Insane asylums in Bengal annual reports 1876-1887 - 1876-1887
Year: 1876
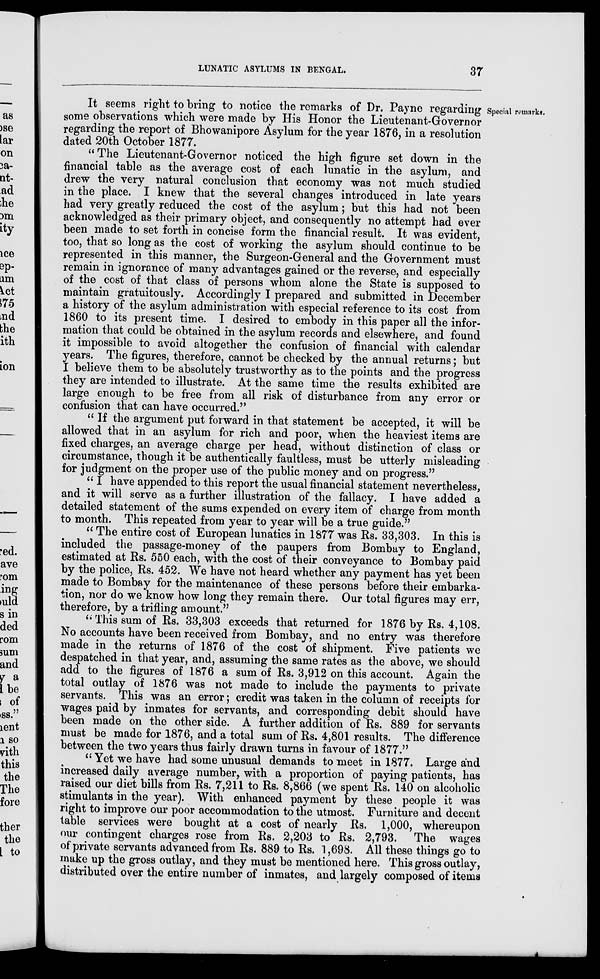
LUNATIC ASYLUMS IN BENGAL.
37
Special remarks.
It seems right to bring to notice the remarks of Dr. Payne regarding
some observations which were made by His Honor the Lieutenant-Governor
regarding the report of Bhowanipore Asylum for the year 1876, in a resolution
dated 20th October 1877.
" The Lieutenant-Governor noticed the high figure set down in the
financial table as the average cost of each lunatic in the asylum, and
drew the very natural conclusion that economy was not much studied
in the place. I knew that the several changes introduced in late years
had very greatly reduced the cost of the asylum; but this had not been
acknowledged as their primary object, and consequently no attempt had ever
been made to set forth in concise form the financial result. It was evident,
too, that so long as the cost of working the asylum should continue to be
represented in this manner, the Surgeon-General and the Government must
remain in ignorance of many advantages gained or the reverse, and especially
of the cost of that class of persons whom alone the State is supposed to
maintain gratuitously. Accordingly I prepared and submitted in December
a history of the asylum administration with especial reference to its cost from
1860 to its present time. I desired to embody in this paper all the infor-
mation that could be obtained in the asylum records and elsewhere, and found
it impossible to avoid altogether the confusion of financial with calendar
years. The figures, therefore, cannot be checked by the annual returns; but
I believe them to be absolutely trustworthy as to the points and the progress
they are intended to illustrate. At the same time the results exhibited are
large enough to be free from all risk of disturbance from any error or
confusion that can have occurred."
"If the argument put forward in that statement be accepted, it will be
allowed that in an asylum for rich and poor, when the heaviest items are
fixed charges, an average charge per head, without distinction of class or
circumstance, though it be authentically faultless, must be utterly misleading
for judgment on the proper use of the public money and on progress."
" I have appended to this report the usual financial statement nevertheless,
and it will serve as a further illustration of the fallacy. I have added a
detailed statement of the sums expended on every item of charge from month
to month. This repeated from year to year will be a true guide."
" The entire cost of European lunatics in 1877 was Rs. 33,303. In this is
included the passage-money of the paupers from Bombay to England,
estimated at Rs. 550 each, with the cost of their conveyance to Bombay paid
by the police, Rs. 452. We have not heard whether any payment has yet been
made to Bombay for the maintenance of these persons before their embarka-
tion, nor do we know how long they remain there. Our total figures may err,
therefore, by a trifling amount."
" This sum of Rs. 33,303 exceeds that returned for 1876 by Rs. 4,108.
No accounts have been received from Bombay, and no entry was therefore
made in the returns of 1876 of the cost of shipment. Five patients we
despatched in that year, and, assuming the same rates as the above, we should
add to the figures of 1876 a sum of Rs. 3,912 on this account. Again the
total outlay of 1876 was not made to include the payments to private
servants. This was an error; credit was taken in the column of receipts for
wages paid by inmates for servants, and corresponding debit should have
been made on the other side. A further addition of Rs. 889 for servants
must be made for 1876, and a total sum of Rs. 4,801 results. The difference
between the two years thus fairly drawn turns in favour of 1877."
"Yet we have had some unusual demands to meet in 1877. Large and
increased daily average number, with a proportion of paying patients, has
raised our diet bills from Rs. 7,211 to Rs. 8,866 (we spent Rs. 140 on alcoholic
stimulants in the year). With enhanced payment by these people it was
right to improve our poor accommodation to the utmost. Furniture and decent
table services were bought at a cost of nearly Rs. 1,000, whereupon
our contingent charges rose from Rs. 2,203 to Rs. 2,793. The wages
of private servants advanced from Rs. 889 to Rs. 1,698. All these things go to
make up the gross outlay, and they must be mentioned here. This gross outlay,
distributed over the entire number of inmates, and largely composed of items